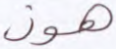
هون